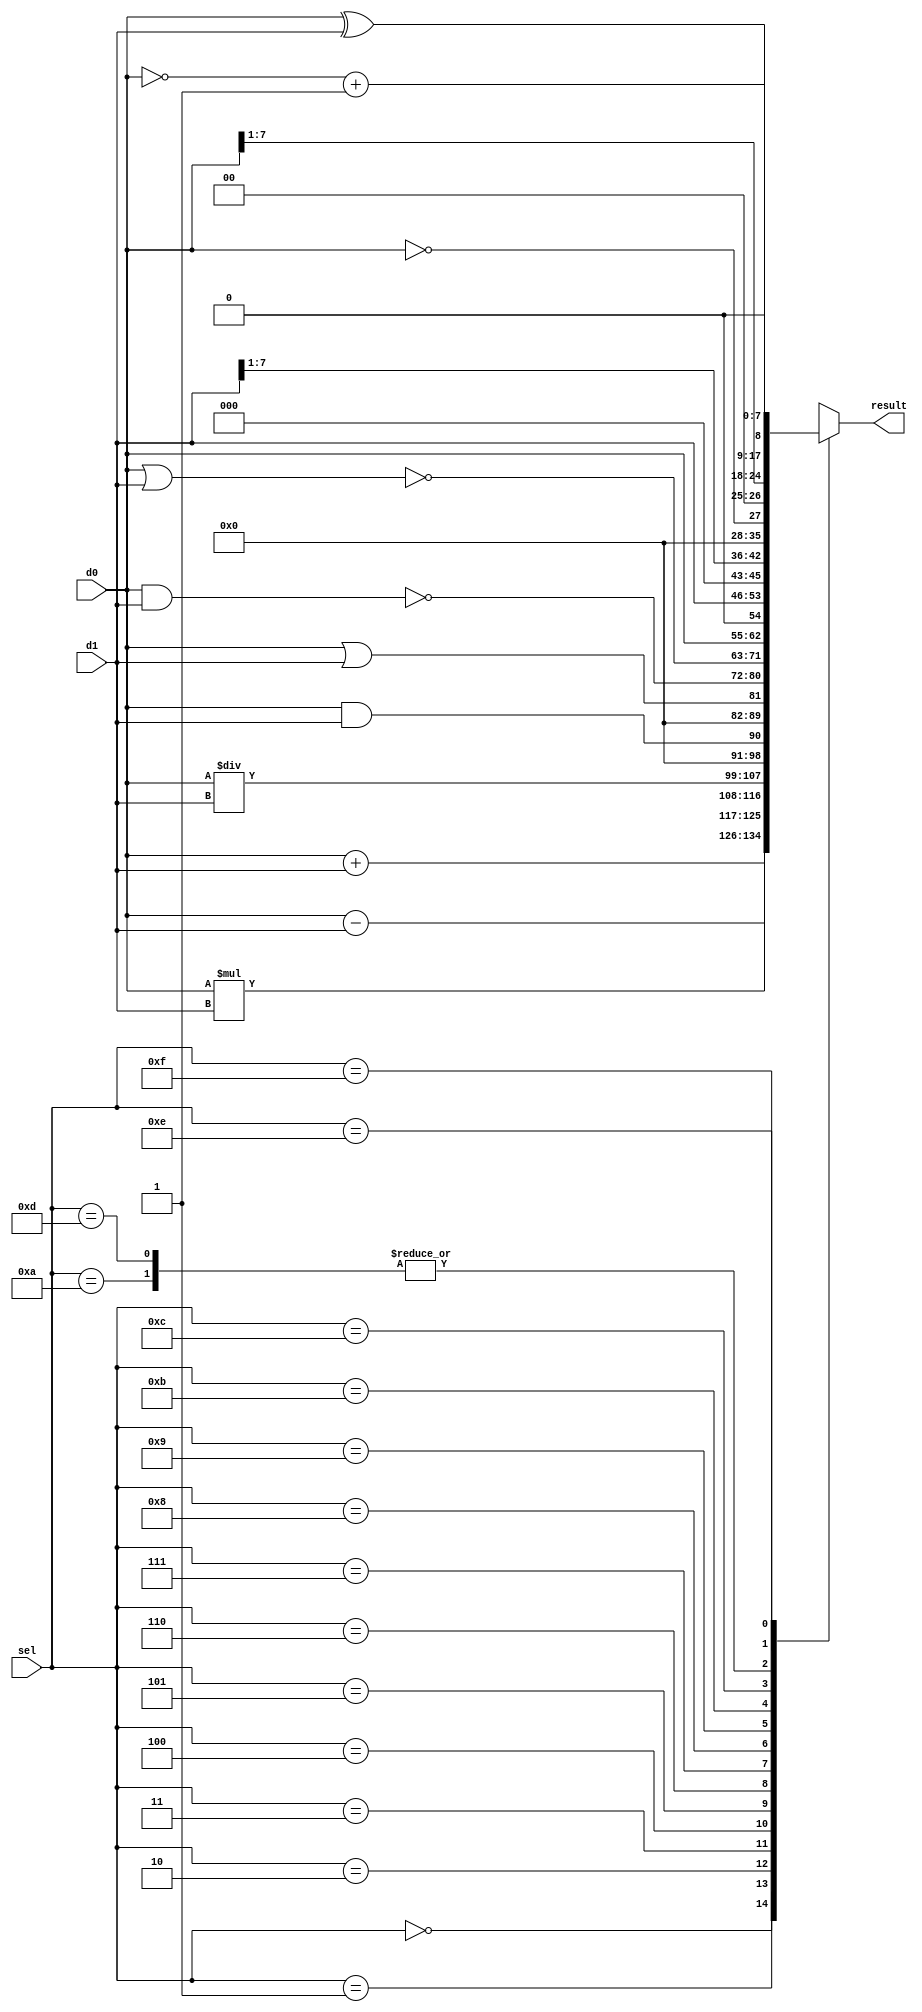
module ALU (output reg [8:0]result, 
			input [7:0]d0,  // first input
			input [7:0]d1, 	// second input
			input [3:0]sel  // select
	);
always@(*)
begin
	case(sel)
		4'b0000 : begin result = d0 + d1 ;  $display("0-Addition operation");      end
		4'b0001 : begin result = d0 - d1 ;  $display("1-Subtraction operation");   end
		4'b0010 : begin result = d0 * d1 ;  $display("2-Multiplication operation");end  
		4'b0011 : begin result = d0 / d1 ;  $display("3-Division operation"); 	   end

		4'b0100 : begin result = d0 && d1;  $display("4-Logical AND operation");   end
		4'b0101 : begin result = d0 ||d1 ;  $display("5-Logical OR operation");    end
		4'b0110 : begin	result = ~(d0&d1);  $display("6-Not of AND operation");    end 
		4'b0111 : begin result = ~(d0|d1);  $display("7-Not of OR operation");     end  
	
		4'b1000 : begin result = d0<<1 ;    $display("8-Left Shift operation");    end
		4'b1001 : begin result = d1<<1 ;    $display("9-Left Shift operation");    end
		4'b1010 : begin result = d0>>1 ;    $display("10-Right Shift operation");  end  
		4'b1011 : begin result = d1>>1 ;    $display("11-Right Shift operation");  end 
		
		4'b1100 : begin result = !d0 ; 	    $display("12-Logical NOT operation");  end
		4'b1101 : begin result = d0>>>1;    $display("13-ArithmeticRightShiftoperation");    end
		4'b1110 : begin result = ~d0 + 8'b00000001;  $display("14-2's Compliment operation");end 
		4'b1111 : begin result = d0^d1 ;    $display("15-XOR operation");	   end
		default : begin result = 8'bxxxxxxxx ; 	     $display("Default");	   end
	endcase // sel
end
endmodule